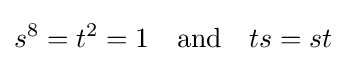
s^{8}=t^{2}=1\quad {\text{and}}\quad ts=st